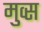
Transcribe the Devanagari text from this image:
मुव्स